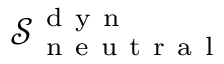
\mathcal { S } _ { \mathrm { ~ n ~ e ~ u ~ t ~ r ~ a ~ l ~ } } ^ { \mathrm { ~ d ~ y ~ n ~ } }